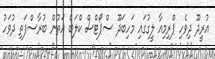
އުރީދޫ ދިވެހި ޕްރިމިއާ ލީގުގައި މަހިބަދޫ ސްޕޯޓްސް ކްލަބް އަތުން ބުރާސްފަތި ދުވަހު